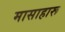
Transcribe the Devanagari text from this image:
मासाहारू